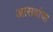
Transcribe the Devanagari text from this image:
आसवांचा